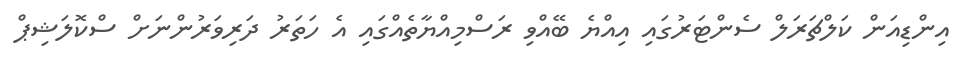
އިންޑިއަން ކަލްޗަރަލް ސެންޓަރުގައި އިއްޔެ ބޭއްވި ރަސްމިއްޔާތެއްގައި އެ ހަތަރު ދަރިވަރުންނަށް ސްކޮލަޝިޕް